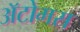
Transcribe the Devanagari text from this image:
अॅटोमस